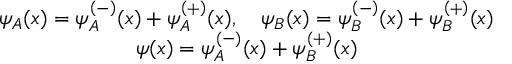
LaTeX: \begin{array} { c } { { \psi _ { A } ( x ) = \psi _ { A } ^ { \left( - \right) } ( x ) + \psi _ { A } ^ { \left( + \right) } ( x ) , \quad \psi _ { B } ( x ) = \psi _ { B } ^ { \left( - \right) } ( x ) + \psi _ { B } ^ { \left( + \right) } ( x ) } } \\ { { \psi ( x ) = \psi _ { A } ^ { \left( - \right) } ( x ) + \psi _ { B } ^ { \left( + \right) } ( x ) } } \end{array}